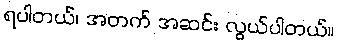
ရပါတယ်၊ အတက် အဆင်း လွယ်ပါတယ်။